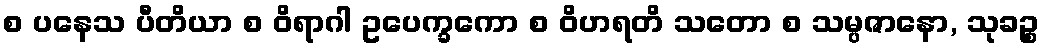
စ ပနေသ ပီတိယာ စ ဝိရာဂါ ဥပေက္ခကော စ ဝိဟရတိ သတော စ သမ္ပဇာနော, သုခဉ္စ